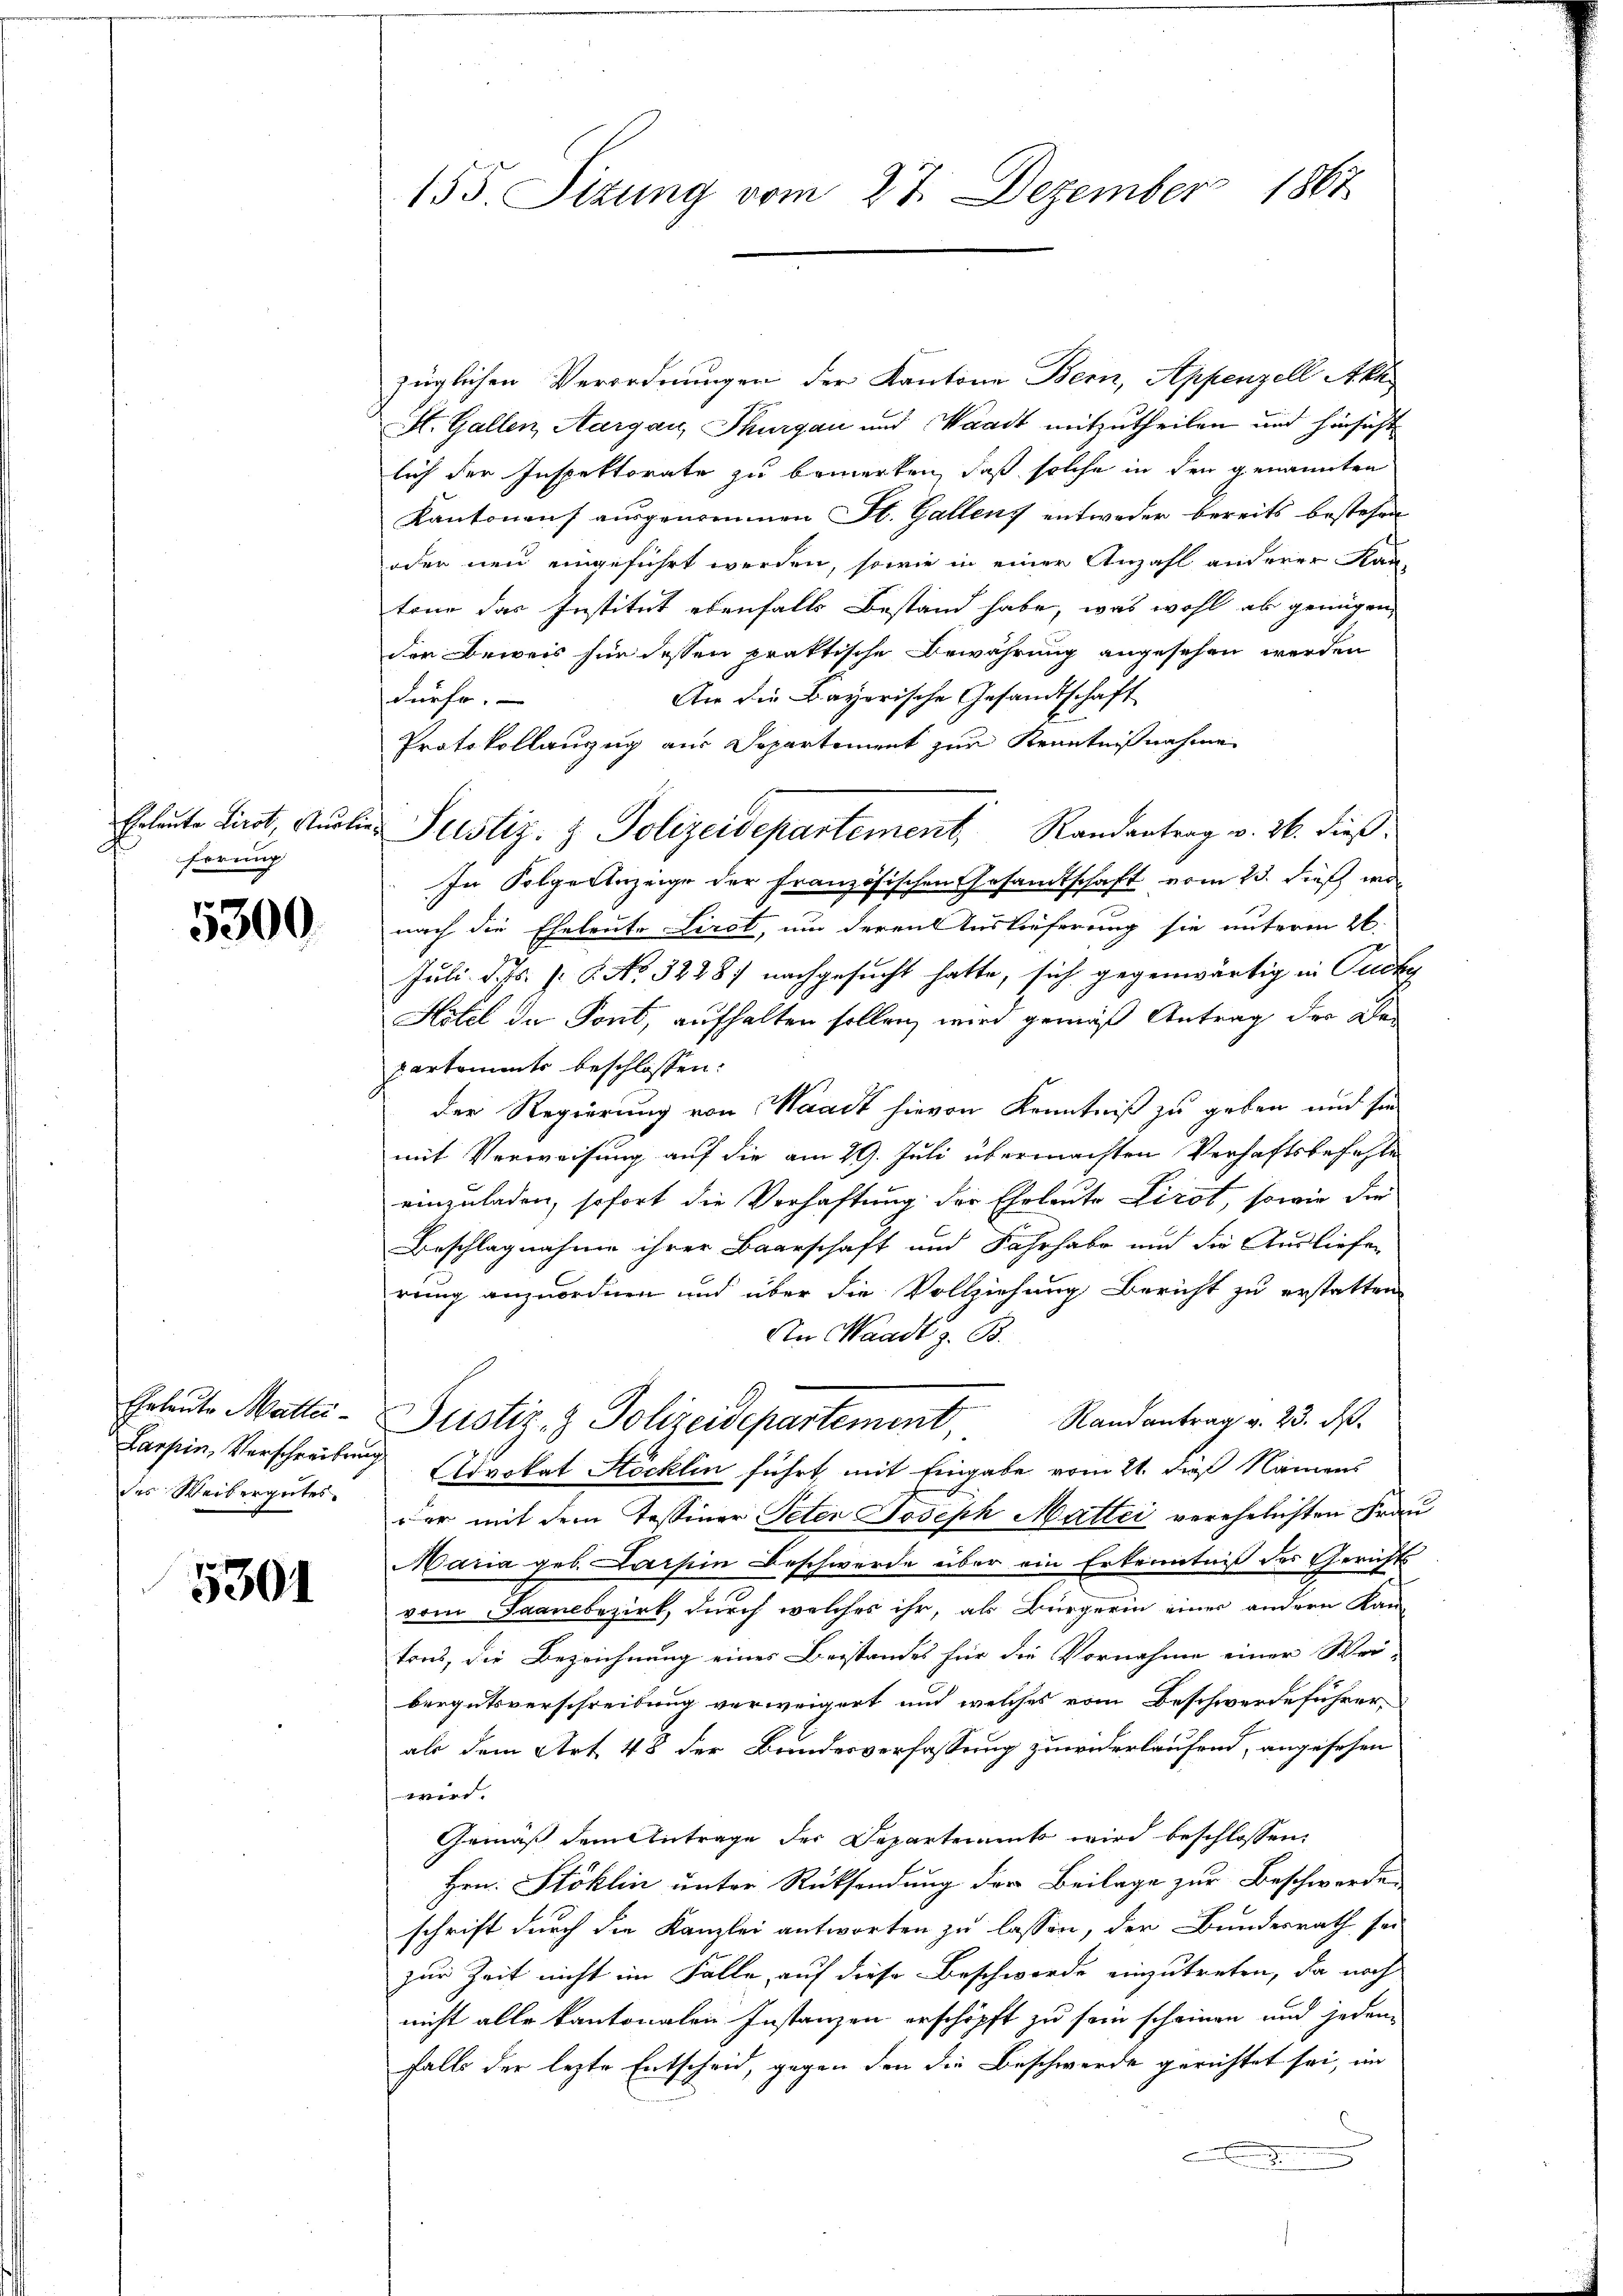
hörung

5300

Eheleute Mattei-
des Weibergutes

5301

155. Sitzung vom 27. Dezember 1867

züglichen Verordnungen der Kantone Bern, Appenzell Akh
St. Gallen, Aargau, Thurgau und Waadt mitzutheilen und hinsicht
lich der Inspektorate zu bemerken, daß solche in den genannten
Kantonens ausgenommen St. Gallens entweder bereits bestehen
oder neu eingeführt werden, sowie in einer Anzahl anderer Kan-
tone das Institut ebenfalls Bestand habe, was wohl als genügen,
der Beweis für dessen praktische Bewährung angesehen werden
An die Bayorische Gesandtschaft
dürfe.
Protokollanzug aus Separtiment zur Kenntnißnahme
In Folge Anzeige der Französischen Gesandtschaft vom 23. dieß wo
nach die Eheleute Liret, um deren Auslieferung sie unterm 26.
Juli d. Js. f. 6. No. 32287 nachgesucht hatte, sich gegenwärtig in Puche
Hotel der Pont, aufhalten sollen, wird gemäß Antrag der Bepartements beschlossen:
der Regierung von Waadt hievon Kenntniß zu geben und sie
mit Verweisung auf die am 29. Juli übermachten Verhaftsbefehle
einzuladen, sofort die Verhaftung der Eheleute Lirot, sowie die
Beschlagnahme ihrer Baarschaft und Fahrhabe und die Ausliefen
rung anzuordnen und über die Vollziehung Bericht zu erstatten.
An Waadt z. B.
Randantrag v. 23. ds.
Justiz- & Polizeidepartement,
Larpin, Verschreibung Edvokat Stöcklin führt, mit Eingabe vom 21. dieß Namens
der mit dem Tessiner Peten Joseph Mattei verehelichten Frau
Maria geb. Lachin Beschwerde über ein Erkenntniß des Gerichts
vom Saanebezirk, durch welches ihr, als Bürgerin einer andern Kan-
tons, die Bezeichnung eines Beistandes für die Vornahme einer Wei-
bergutsverschreibung verweigert und welches vom Beschwerdeführer-
als dem Art 48 der Bundesverfassung zuwiderlaufend, angesehen
wird.
Gemäß dem Antrage der Departements wird beschlossen:
Hrn. Stoklin unter Rücksendung der Beilage zur Beschwerde,
schrift durch die Kanzlei antworten zu lassen, der Bundesrath sei
zur Zeit nicht im Falle, auf diese Beschwerde einzutreten, da noch
nicht alle kantonalen Instanzen erschöpft zu sein scheinen und jeden
falls der lezte Entscheid, gegen den die Beschwerde gerichtet sei, im
.

Grleute Liret, Auslie Justiz- & Polizeidepartement, Randantrag v. 26. dieß.